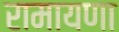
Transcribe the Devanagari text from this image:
रामायणा